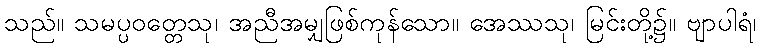
သည်။ သမပ္ပဝတ္တေသု၊ အညီအမျှဖြစ်ကုန်သော။ အေဿသု၊ မြင်းတို့၌။ ဗျာပါရံ၊